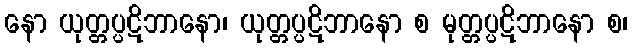
နော ယုတ္တပ္ပဋိဘာနော၊ ယုတ္တပ္ပဋိဘာနော စ မုတ္တပ္ပဋိဘာနော စ၊